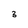
Character: 3